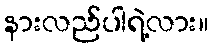
နားလည်ပါရဲ့လား။